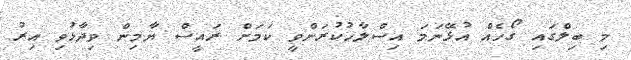
މި ބިލްގައި ގޯހެއް އުޅޭނަމަ އިސްލާހުކުރަންވީ ކަމަށް ރައީސް ޔާމިން ވިދާޅުވި އިރު